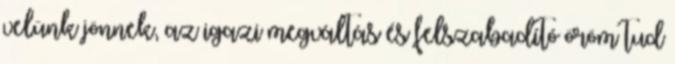
velünk jönnek, az igazi megváltás és felszabadító öröm tud